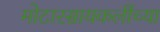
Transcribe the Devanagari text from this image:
मोटारसायकलींच्या